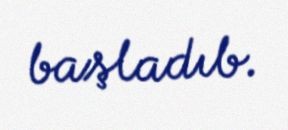
başladıb.